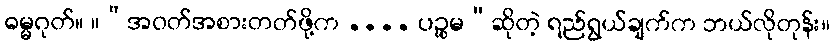
ဓမ္မဂုတ်။ ။“အဝတ်အစားတတ်ဖို့က .... ပဉ္စမ”ဆိုတဲ့ ရည်ရွယ်ချက်က ဘယ်လိုတုန်း။